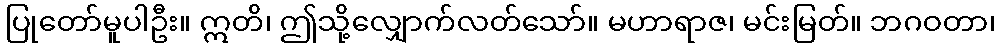
ပြုတော်မူပါဦး။ ဣတိ၊ ဤသို့လျှောက်လတ်သော်။ မဟာရာဇ၊ မင်းမြတ်။ ဘဂဝတာ၊